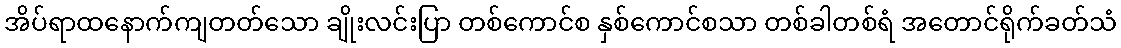
အိပ်ရာထနောက်ကျတတ်သော ချိုးလင်းပြာ တစ်ကောင်စ နှစ်ကောင်စသာ တစ်ခါတစ်ရံ အတောင်ရိုက်ခတ်သံ